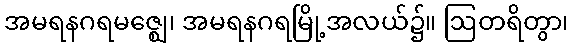
အမရနဂရမဇ္ဈေ၊ အမရနဂရမြို့အလယ်၌။ ဩတရိတွာ၊